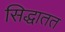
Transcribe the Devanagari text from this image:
सिद्धातत